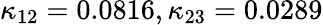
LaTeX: \kappa_{12}=0.0816,\kappa_{23}=0.0289